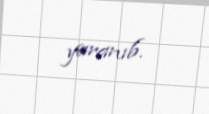
yaranıb.